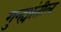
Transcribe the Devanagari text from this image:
गुन्ह्यांतील